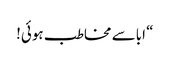
“ اباسے مخاطب ہوئی!